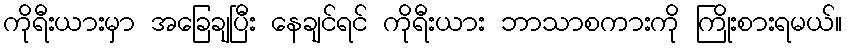
ကိုရီးယားမှာ အခြေချပြီး နေချင်ရင် ကိုရီးယား ဘာသာစကားကို ကြိုးစားရမယ်။